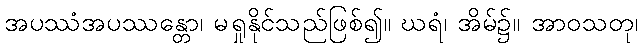
အပဿံအပဿန္တော၊ မရှုနိုင်သည်ဖြစ်၍။ ဃရံ၊ အိမ်၌။ အာဝသတု၊